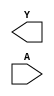
module sky130_fd_sc_hd__lpflow_clkinvkapwr (
    Y,
    A
);

    output Y;
    input  A;

    // Voltage supply signals
    supply1 KAPWR;
    supply1 VPWR ;
    supply0 VGND ;
    supply1 VPB  ;
    supply0 VNB  ;

endmodule